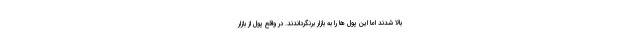
بالا شدند اما این پول ها را به بازار برنگرداندند. در واقع پول از بازار